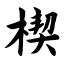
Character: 楔